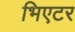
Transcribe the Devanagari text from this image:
भिएटर